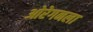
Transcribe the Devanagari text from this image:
ओरेगनला